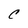
Character: C